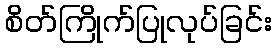
စိတ်ကြိုက်ပြုလုပ်ခြင်း